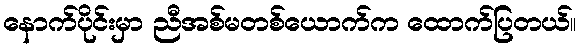
နောက်ပိုင်းမှာ ညီအစ်မတစ်ယောက်က ထောက်ပြတယ်။